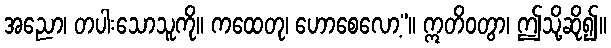
အညော၊ တပါးသောသူကို။ ကထေတု၊ ဟောစေလော့”။ ဣတိဝတွာ၊ ဤသို့ဆို၍။